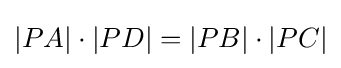
|PA|\cdot |PD|=|PB|\cdot |PC|